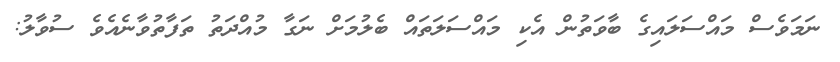
ނަމަވެސް މައްސަލައިގެ ބާވަތުން އެކި މައްސަލަތައް ބެލުމަށް ނަގާ މުއްދަތު ތަފާތުވާނެއެވެ ސުވާލު: